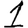
Digit: 1